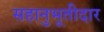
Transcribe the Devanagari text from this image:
सहानुभूतीदार